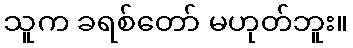
သူက ခရစ်တော် မဟုတ်ဘူး။